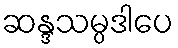
ဆန္ဒသမ္ပဒါပေ